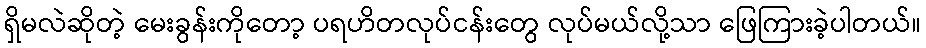
ရှိမလဲဆိုတဲ့ မေးခွန်းကိုတော့ ပရဟိတလုပ်ငန်းတွေ လုပ်မယ်လို့သာ ဖြေကြားခဲ့ပါတယ်။